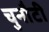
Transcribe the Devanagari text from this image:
चुनौटी